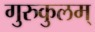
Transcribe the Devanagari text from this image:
गुरुकुलम्